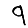
Digit: 9